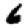
Digit: 6